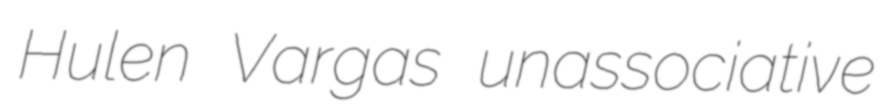
Hulen Vargas unassociative